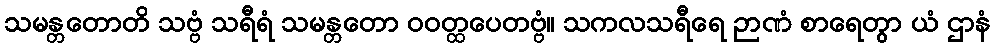
သမန္တတောတိ သဗ္ဗံ သရီရံ သမန္တတော ဝဝတ္ထပေတဗ္ဗံ။ သကလသရီရေ ဉာဏံ စာရေတွာ ယံ ဌာနံ